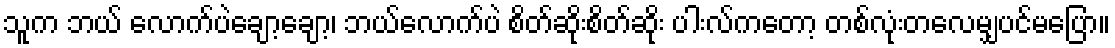
သူက ဘယ် လောက်ပဲချော့ချော့၊ ဘယ်လောက်ပဲ စိတ်ဆိုးစိတ်ဆိုး ပါးလ်ကတော့ တစ်လုံးတလေမျှပင်မပြော။